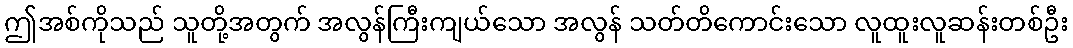
ဤအစ်ကိုသည် သူတို့အတွက် အလွန်ကြီးကျယ်သော အလွန် သတ်တိကောင်းသော လူထူးလူဆန်းတစ်ဦး